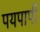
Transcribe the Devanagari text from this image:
पयपापी